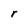
Character: r